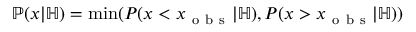
\mathbb P ( x | \mathbb H ) = \operatorname* { m i n } ( P ( x < x _ { \mathrm { ~ o ~ b ~ s ~ } } | \mathbb H ) , P ( x > x _ { \mathrm { ~ o ~ b ~ s ~ } } | \mathbb H ) )